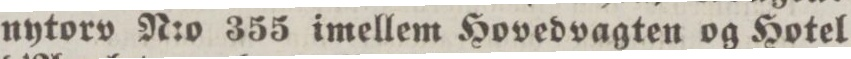
nytorv N:o 355 imellem Hovedvagten og Hotel